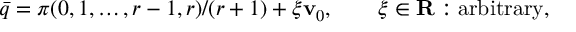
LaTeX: \bar { q } = \pi ( 0 , 1 , \ldots , r - 1 , r ) / ( r + 1 ) + \xi { \bf v } _ { 0 } , \qquad \xi \in { \bf R } : \mathrm { a r b i t r a r y } ,